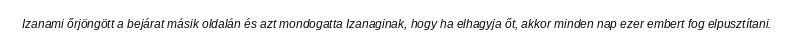
Izanami őrjöngött a bejárat másik oldalán és azt mondogatta Izanaginak, hogy ha elhagyja őt, akkor minden nap ezer embert fog elpusztítani.